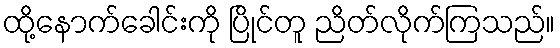
ထို့နောက်ခေါင်းကို ပြိုင်တူ ညိတ်လိုက်ကြသည်။